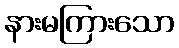
နားမကြားသော